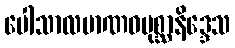
ပေါသာလမာဏဝပုစ္ဆာနိဒ္ဒေသ